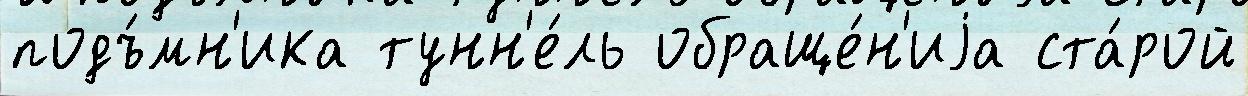
подъ́мн'ика тунн'е́ль обраще́н'иjа ста́рой